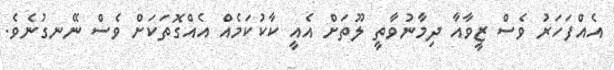
އެއްފަހަރު ވެސް ޒީވާއާ ދިމާނުވާތީ ލޫތަށް އެއީ ކާކުކަމެއް އެއްގޮތަކަށް ވެސް ނޭނގުނެވެ.